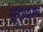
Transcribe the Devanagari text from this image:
सुराद्याश्च